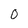
Character: 0